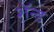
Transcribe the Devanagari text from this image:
शॅन्ड